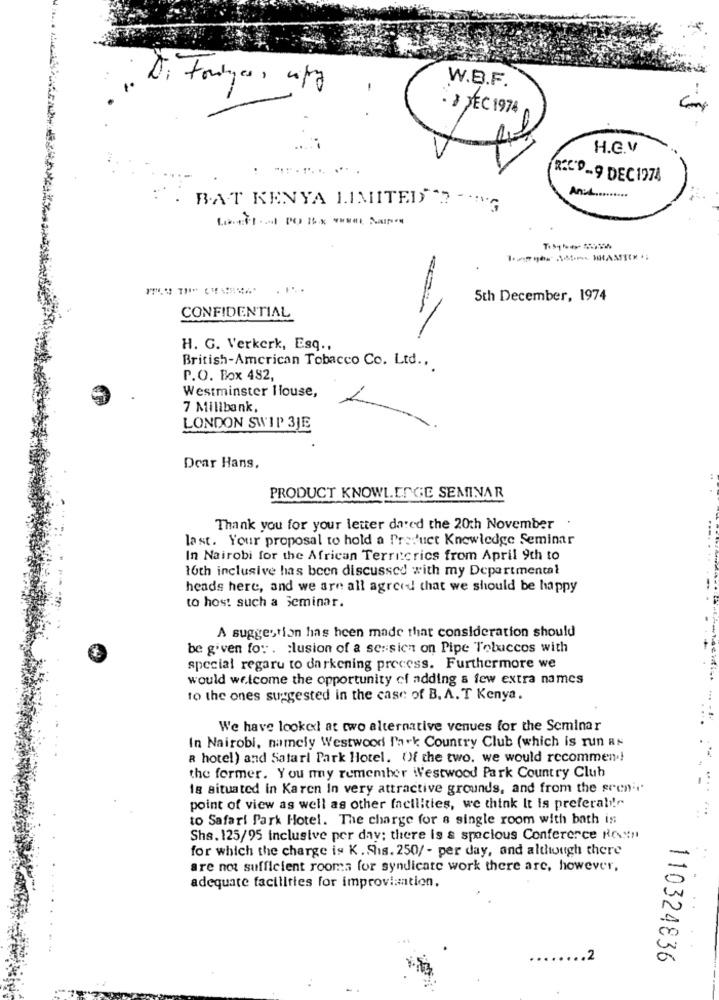
W.B.F.
-
. 1 DEC 1974
H.C.V
RACP-9 DEC 1974
:*
An :...........
. B.A.T KENYA LIMITED) "? -. "
. ....
5th December, 1974
CONFIDENTIAL
H. G. Verkerk, Esq .,
British-American Tobacco Co. Ltd .,
P.O. Box 482,
Westminster llouse,
7 Milibank,
LONDON SWIP 3JE
Dear Hans.
PRODUCT KNOWLEDGE SEMINAR
Thank you for your letter dated the 20th November .
last. Your proposal to hold a Product Knowledge Seminar
In Nairobi for the African Territcrics from April 9th to
toth inclusive has been discussed with my Departmental
heads here, and we are all agreed that we should be happy
to host such a Seminar.
A suggestion has been made that consideration should
be given for clusion of a sersien on Pipe Toluccos with
special regaru to darkening process. Furthermore we
would welcome the opportunity of adding a few extra names
to the ones suggested in the case of B. A. T Kenya.
We have looked at two alternative venues for the Seminar
In Nairobi, namely Westwood Park Country Club (which is run RN
a hotel) and Satarl Park Hotel. Of the two. we would recommend!
the former. You my remember il'estwood Park Country Club
Is situated in Karen In very attractive grounds, and from the greni.
point of view as well as other facilities, we think It is preferable
to Safari Park Hotel. The charge for a single room with bath is
Sha. 125/95 inclusive per day; there is a spacious Conference Rosen
for which the charge is K . Shis. 250/ - per day, and although there
are not sufficient rooms for syndicate work there are, however,
adequate facilities for improvisation.
110324836